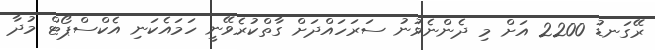
ރޭގަނޑު 2200 އަށް މި ދެންނެވުނު ސަރަހައްދަށް ގާތްކުރެވޭނީ ހަމައެކަނި އެކްސްޕޯޓް މުދާ